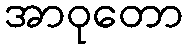
အာဝုတော